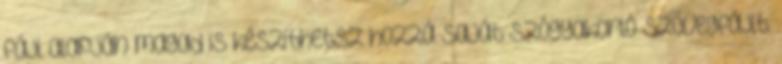
fájl alapján magad is készíthetsz hozzá saját szógyakorló szövegfájlt.